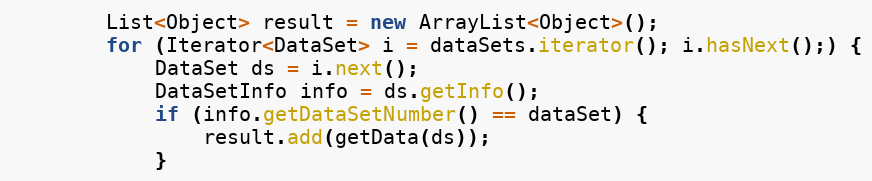
Language: Java
		List<Object> result = new ArrayList<Object>();
		for (Iterator<DataSet> i = dataSets.iterator(); i.hasNext();) {
			DataSet ds = i.next();
			DataSetInfo info = ds.getInfo();
			if (info.getDataSetNumber() == dataSet) {
				result.add(getData(ds));
			}